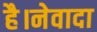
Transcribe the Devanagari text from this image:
है।नेवादा